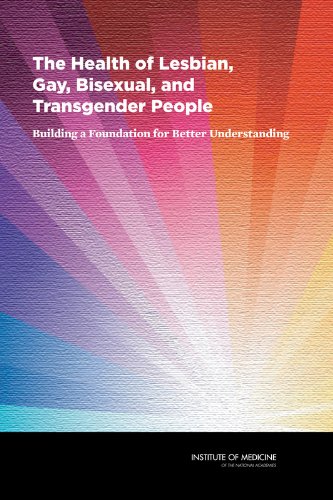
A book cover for The Health of Lesbian, Gay, Bisexual, and Transgender People:: Building a Foundation for Better Understanding; Gay, Bisexual, and Transgender Health Issues
and Research Gaps and Opportunities Committee on Lesbian; Gay & Lesbian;